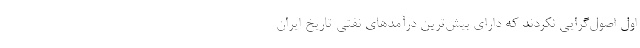
اول اصول‌گرایی نکردند که دارای بیش‌ترین درآمدهای نفتی تاریخ ایران